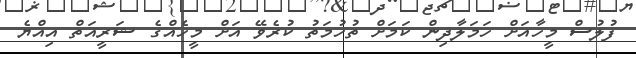
ފުލުސް މީހާއަށް ހަމަލާދިން ކަމަށް ތުހުމަތު ކުރެވޭ އަށް މީހެއްގެ ޝަރީއަތް އިއްޔެ